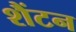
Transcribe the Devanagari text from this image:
शैंटन